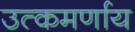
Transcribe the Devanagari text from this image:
उत्कमर्णाय